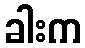
ခါးက